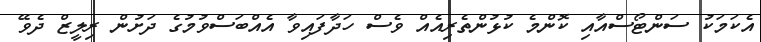
އެކަމަކު ސަންޓޯސްއާއި ކޮންމެ ކުޅުންތެރިއެއް ވެސް ހަދާފައިވާ އެއްބަސްވުމުގެ ދަށުން ރިލީޒް ދެވޭ